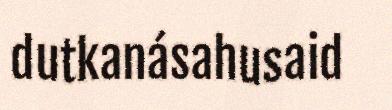
dutkanásahusaid